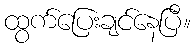
ထွက်ပြေးချင်နေပြီ။